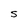
Character: S